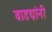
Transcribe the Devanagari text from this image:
वाडय़ांनी